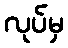
လုပ်မှ